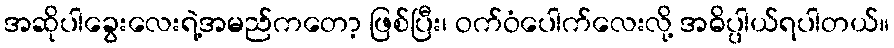
အဆိုပါခွေးလေးရဲ့အမည်ကတော့ ဖြစ်ပြီး၊ ဝက်ဝံပေါက်လေးလို့ အဓိပ္ပါယ်ရပါတယ်။